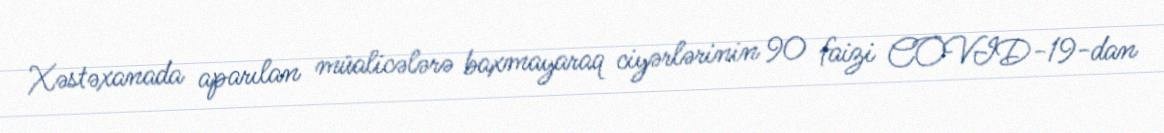
Xəstəxanada aparılan müalicələrə baxmayaraq ciyərlərinin 90 faizi COVID-19-dan